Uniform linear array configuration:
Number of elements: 32
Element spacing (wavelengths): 0.25
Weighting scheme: exponential
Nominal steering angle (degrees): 15
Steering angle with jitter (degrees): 14.921
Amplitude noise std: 0.05
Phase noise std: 0.05

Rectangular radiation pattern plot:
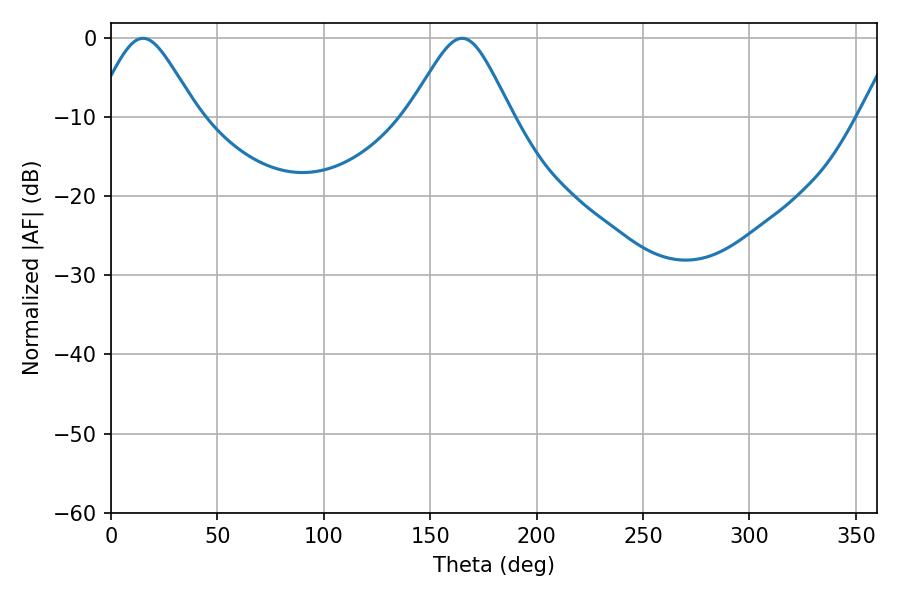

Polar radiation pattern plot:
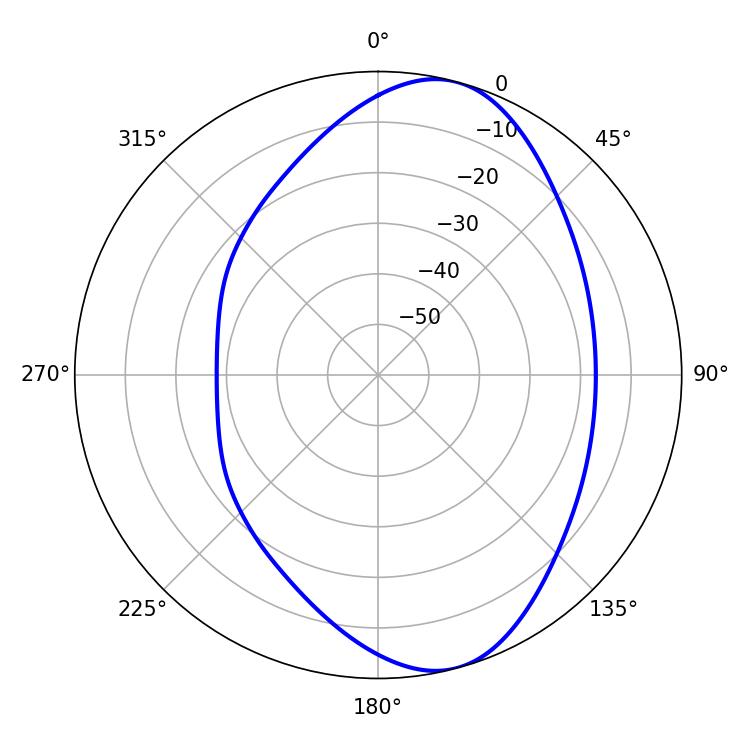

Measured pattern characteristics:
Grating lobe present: FALSE
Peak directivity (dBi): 8.399
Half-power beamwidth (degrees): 23.58
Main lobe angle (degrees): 15.12